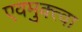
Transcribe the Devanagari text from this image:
एवमुक्त्वा